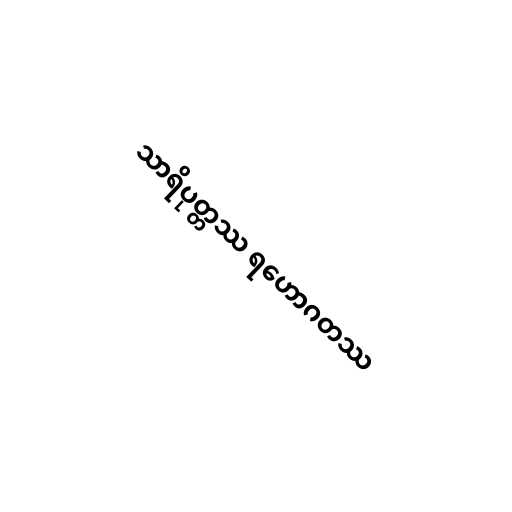
သာရိပုတ္တဿ ရဟောဂတဿ